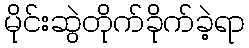
မိုင်းဆွဲတိုက်ခိုက်ခဲ့ရာ